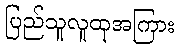
ပြည်သူလူထုအကြား